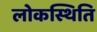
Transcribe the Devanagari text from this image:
लोकस्थिति